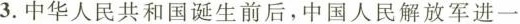
3.中华人民共和国诞生前后，中国人民解放军进一